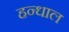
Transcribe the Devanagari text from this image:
हन्धाल